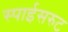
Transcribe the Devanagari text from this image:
स्पाईसरुट